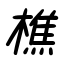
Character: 樵